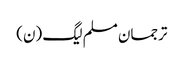
ترجمان مسلم لیگ (ن)